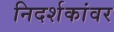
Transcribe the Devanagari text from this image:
निदर्शकांवर